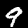
Digit: 9